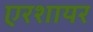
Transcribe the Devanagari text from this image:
एरशायर